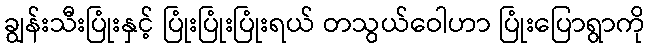
ချွန်းသီးပြုံးနှင့် ပြုံးပြုံးပြုံးရယ် တသွယ်ဝေါဟာ ပြုံးပြောရွာကို